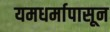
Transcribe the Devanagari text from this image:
यमधर्मापासून